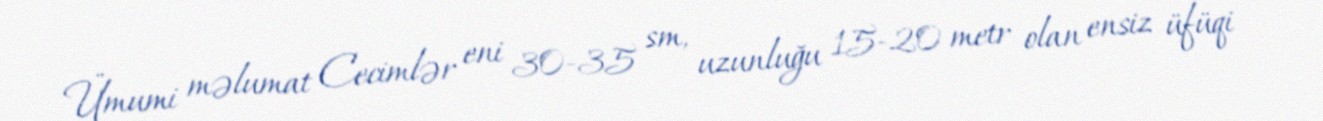
Ümumi məlumat Cecimlər eni 30-35 sm, uzunluğu 15-20 metr olan ensiz üfüqi